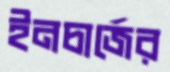
ইনচার্জের